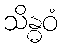
သိန္ဓဝံ